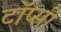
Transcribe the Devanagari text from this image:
टॉप्सी